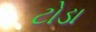
ટોડા